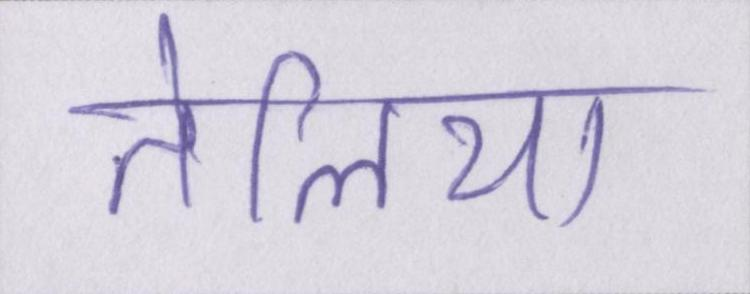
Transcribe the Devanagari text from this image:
तेलिया